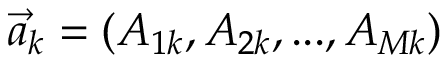
{ \vec { a } _ { k } = ( A _ { 1 k } , A _ { 2 k } , . . . , A _ { M k } ) }